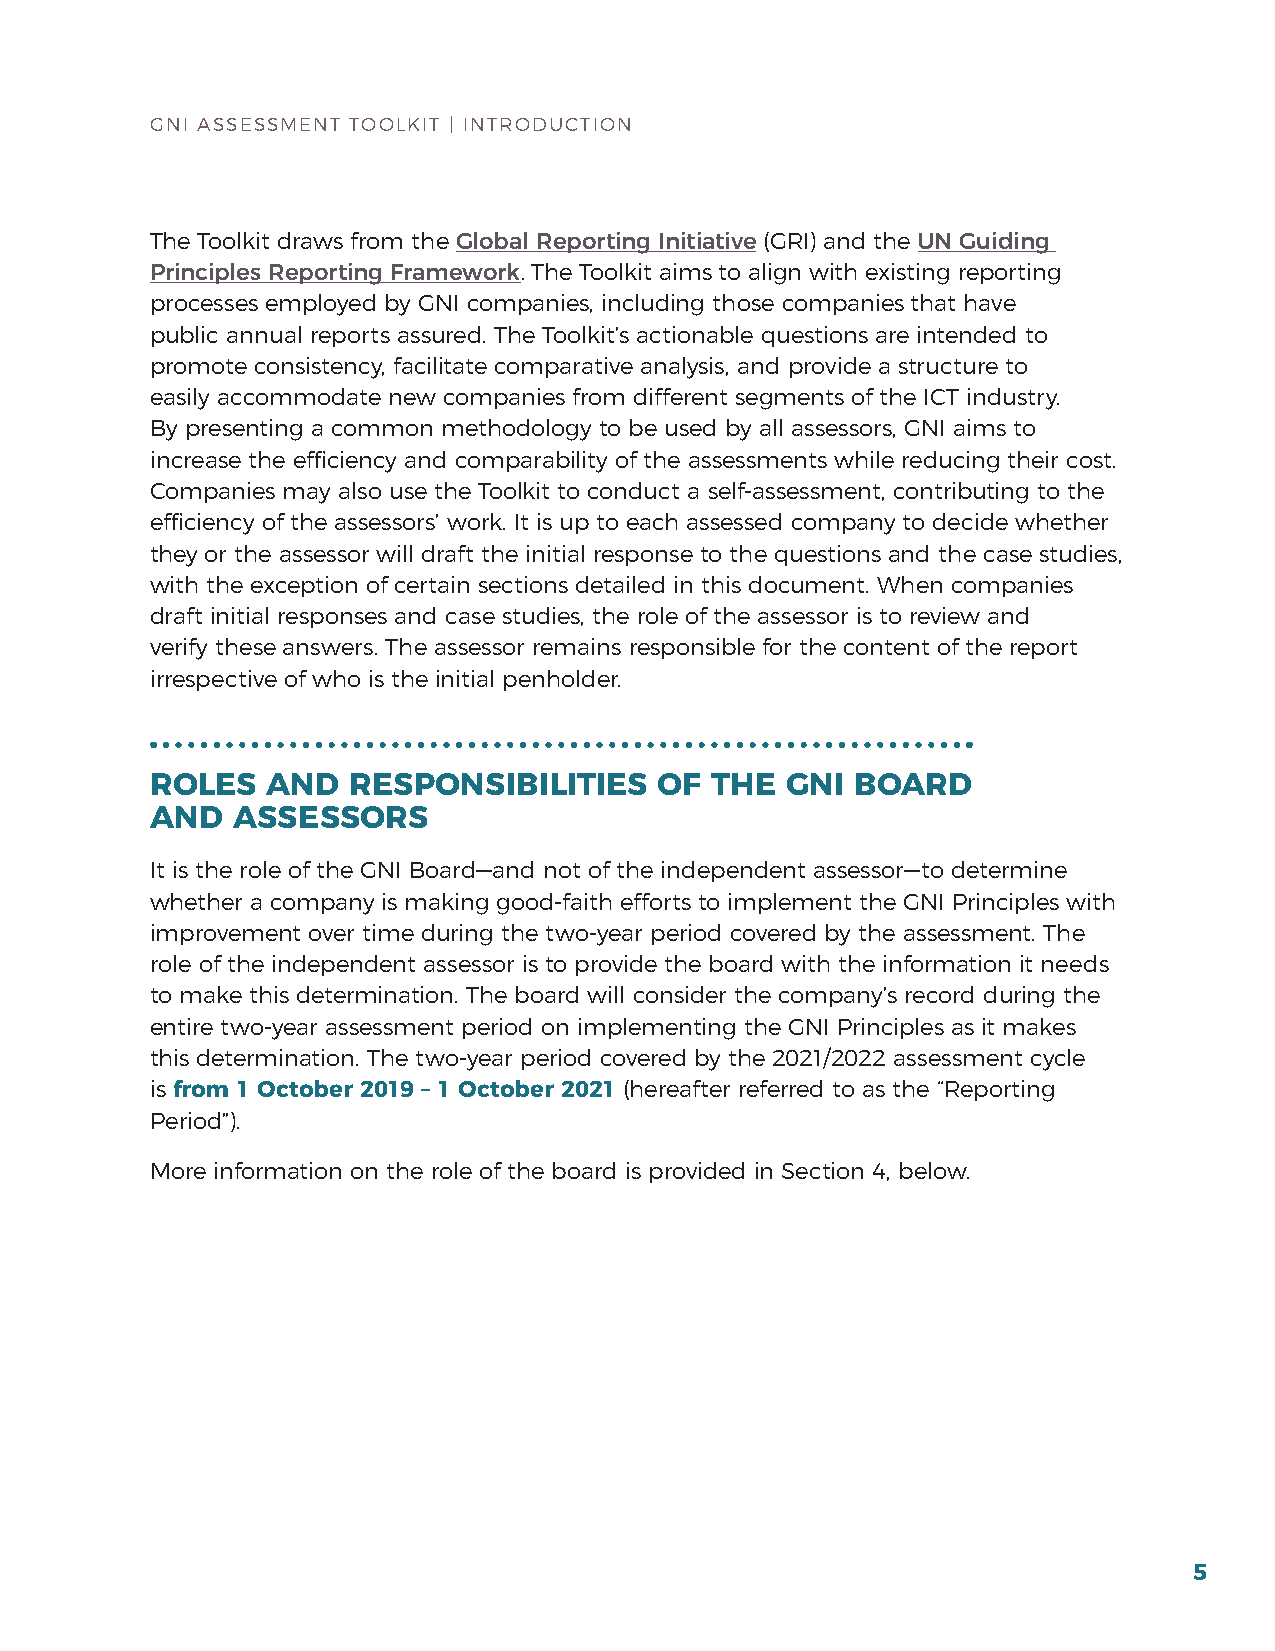
GNI ASSESSMENT TOOLKIT | INTrODuCTION
 The Toolkit draws from the Global Reporting Initiative (GrI) and the UN Guiding
 Principles Reporting Framework. The Toolkit aims to align with existing reporting
 processes employed by GNI companies, including those companies that have
 public annual reports assured. The Toolkit’s actionable questions are intended to
 promote consistency, facilitate comparative analysis, and provide a structure to
 easily accommodate new companies from different segments of the ICT industry.
 by presenting a common methodology to be used by all assessors, GNI aims to
 increase the efficiency and comparability of the assessments while reducing their cost.
 Companies may also use the Toolkit to conduct a self-assessment, contributing to the
 efficiency of the assessors’ work. It is up to each assessed company to decide whether
 they or the assessor will draft the initial response to the questions and the case studies,
 with the exception of certain sections detailed in this document. When companies
 draft initial responses and case studies, the role of the assessor is to review and
 verify these answers. The assessor remains responsible for the content of the report
 irrespective of who is the initial penholder.
 ROLES   AND  RESPONSIBILITIES     OF THE  GNI  BOARD
 AND  ASSESSORS
 It is the role of the GNI board—and not of the independent assessor—to determine
 whether a company is making good-faith efforts to implement the GNI Principles with
 improvement over time during the two-year period covered by the assessment. The
 role of the independent assessor is to provide the board with the information it needs
 to make this determination. The board will consider the company’s record during the
 entire two-year assessment period on implementing the GNI Principles as it makes
 this determination. The two-year period covered by the 2021/2022 assessment cycle
 is from 1 October 2019 – 1 October 2021 (hereafter referred to as the “reporting
 Period”).
 More information on the role of the board is provided in Section 4, below.
 5